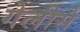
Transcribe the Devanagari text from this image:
गेलीसे